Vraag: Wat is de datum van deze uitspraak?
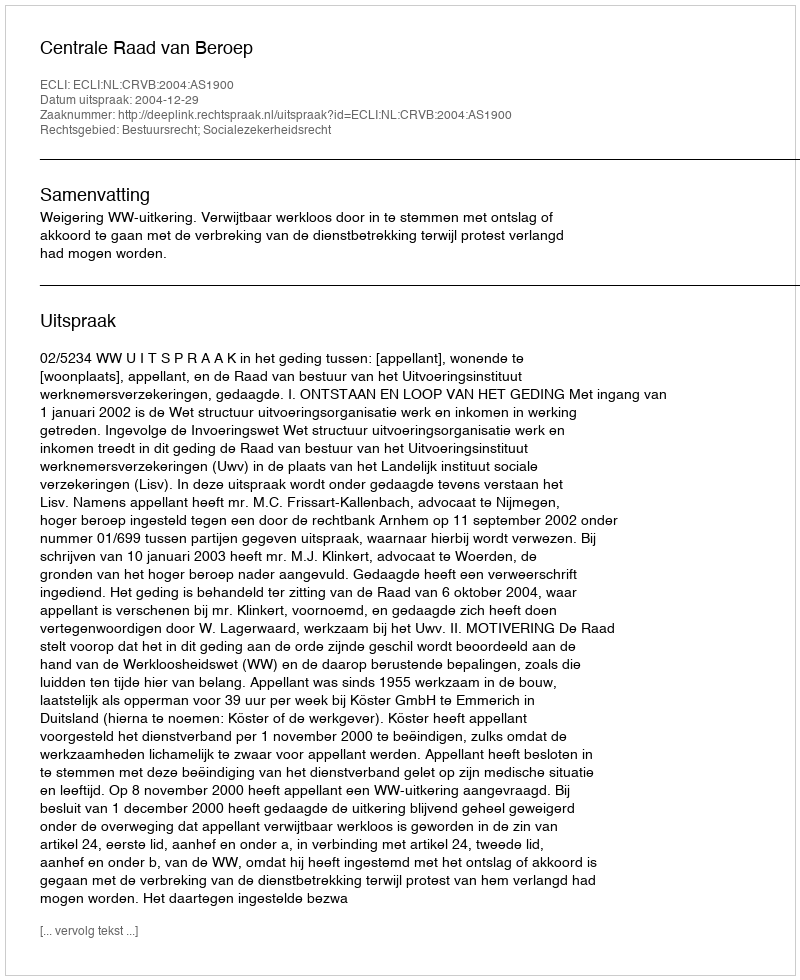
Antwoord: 2004-12-29